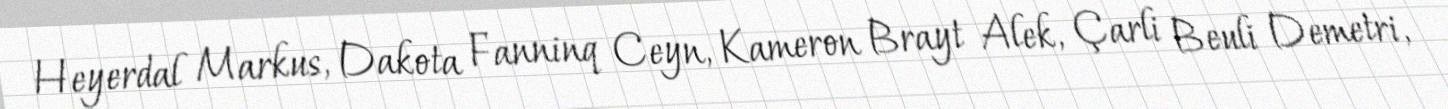
Heyerdal Markus, Dakota Fanninq Ceyn, Kameron Brayt Alek, Çarli Beuli Demetri,